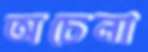
অচেনা